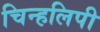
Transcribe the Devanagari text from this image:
चिन्हलिपी